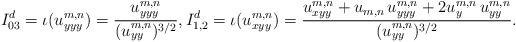
\begin{align*}\begin{gathered}I_{03}^d=\iota(u_{yyy}^{m,n})=\frac{u_{yyy}^{m,n}}{(u_{yy}^{m,n})^{3/2}},I_{1,2}^d=\iota(u_{xyy}^{m,n}) = \frac{u_{xyy}^{m,n} + u_{m,n}\, u_{yyy}^{m,n} + 2 u_{y}^{m,n}\, u_{yy}^{m,n}}{(u_{yy}^{m,n})^{3/2}}.\end{gathered}\end{align*}